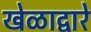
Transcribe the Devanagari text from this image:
खेळाद्वारे